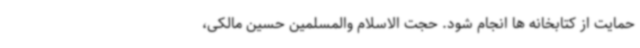
حمایت از کتابخانه ها انجام شود. حجت الاسلام والمسلمین حسین مالکی،